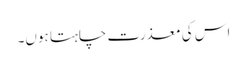
اس کی معذرت چاہتا ہوں۔